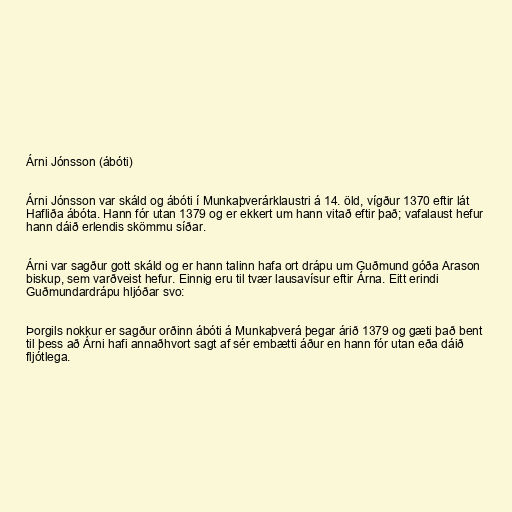
Árni Jónsson (ábóti)

Árni Jónsson var skáld og ábóti í Munkaþverárklaustri á 14. öld, vígður 1370 eftir lát
Hafliða ábóta. Hann fór utan 1379 og er ekkert um hann vitað eftir það; vafalaust hefur
hann dáið erlendis skömmu síðar.

Árni var sagður gott skáld og er hann talinn hafa ort drápu um Guðmund góða Arason
biskup, sem varðveist hefur. Einnig eru til tvær lausavísur eftir Árna. Eitt erindi
Guðmundardrápu hljóðar svo:

Þorgils nokkur er sagður orðinn ábóti á Munkaþverá þegar árið 1379 og gæti það bent
til þess að Árni hafi annaðhvort sagt af sér embætti áður en hann fór utan eða dáið
fljótlega.